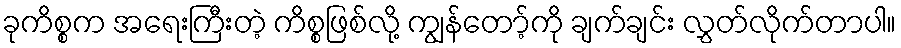
ခုကိစ္စက အရေးကြီးတဲ့ ကိစ္စဖြစ်လို့ ကျွန်တော့်ကို ချက်ချင်း လွှတ်လိုက်တာပါ။